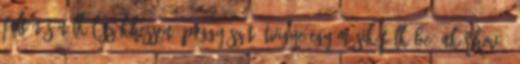
feltűnés nélkül szökhessen, poggyászát átvigye egy másik fülkébe, akárhová.